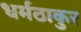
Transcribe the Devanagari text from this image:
धर्मठाकुर